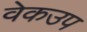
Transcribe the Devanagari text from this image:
वेकउप